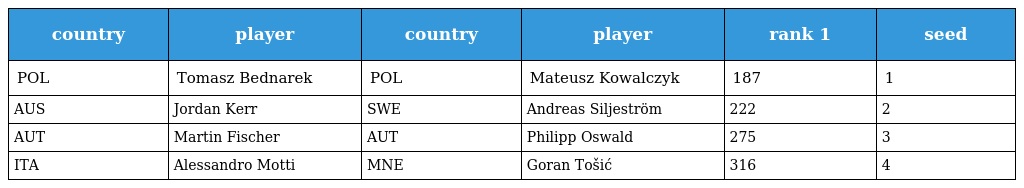
| country | player | country | player | rank 1 | seed |
 | --- | --- | --- | --- | --- | --- |
 | POL | Tomasz Bednarek | POL | Mateusz Kowalczyk | 187 | 1 |
 | AUS | Jordan Kerr | SWE | Andreas Siljeström | 222 | 2 |
 | AUT | Martin Fischer | AUT | Philipp Oswald | 275 | 3 |
 | ITA | Alessandro Motti | MNE | Goran Tošić | 316 | 4 |